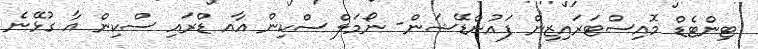
ޓިންޓެޑް މޮއިސްޓަރައިޒިން ފައުންޑޭޝަން- ނޯމަލް ސްކިން އާއ ޑްރައި ސްކިން އާ ގުޅޭނެ